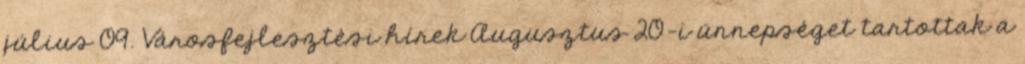
július 09. Városfejlesztési hírek Augusztus 20-i ünnepséget tartottak a